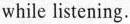
while listening.